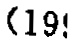
（19!